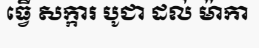
ធ្វើ សក្ការ បូជា ដល់ ម៉ាកា